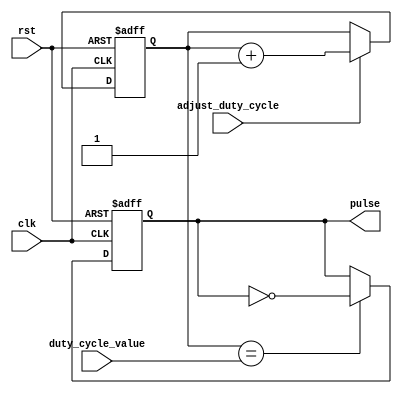
module duty_cycle_pulse_generator (
    input clk,
    input rst,
    input adjust_duty_cycle,
    input [7:0] duty_cycle_value,
    output reg pulse
);

reg [7:0] counter;
reg generate_pulse;

always @(posedge clk or posedge rst)
begin
    if (rst)
    begin
        counter <= 8'd0;
        generate_pulse <= 1'b0;
    end
    else
    begin
        if (counter == duty_cycle_value)
            generate_pulse <= ~generate_pulse;
        
        if (adjust_duty_cycle)
            counter <= counter + 1;
    end
end

assign pulse = generate_pulse;

endmodule